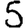
Digit: 5